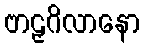
ဗာဠှဂိလာနော